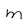
Character: m